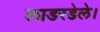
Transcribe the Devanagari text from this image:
लाडरडेले।